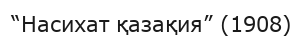
“Насихат қазақия” (1908)